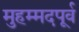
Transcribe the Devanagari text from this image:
मुहम्मदपूर्व